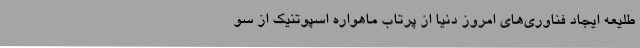
طلیعه ایجاد فناوری‌های امروز دنیا از پرتاب ماهواره اسپوتنیک از سو